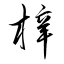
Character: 梓